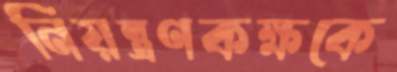
নিয়ন্ত্রণকক্ষকে